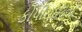
કોપીરાઇટના